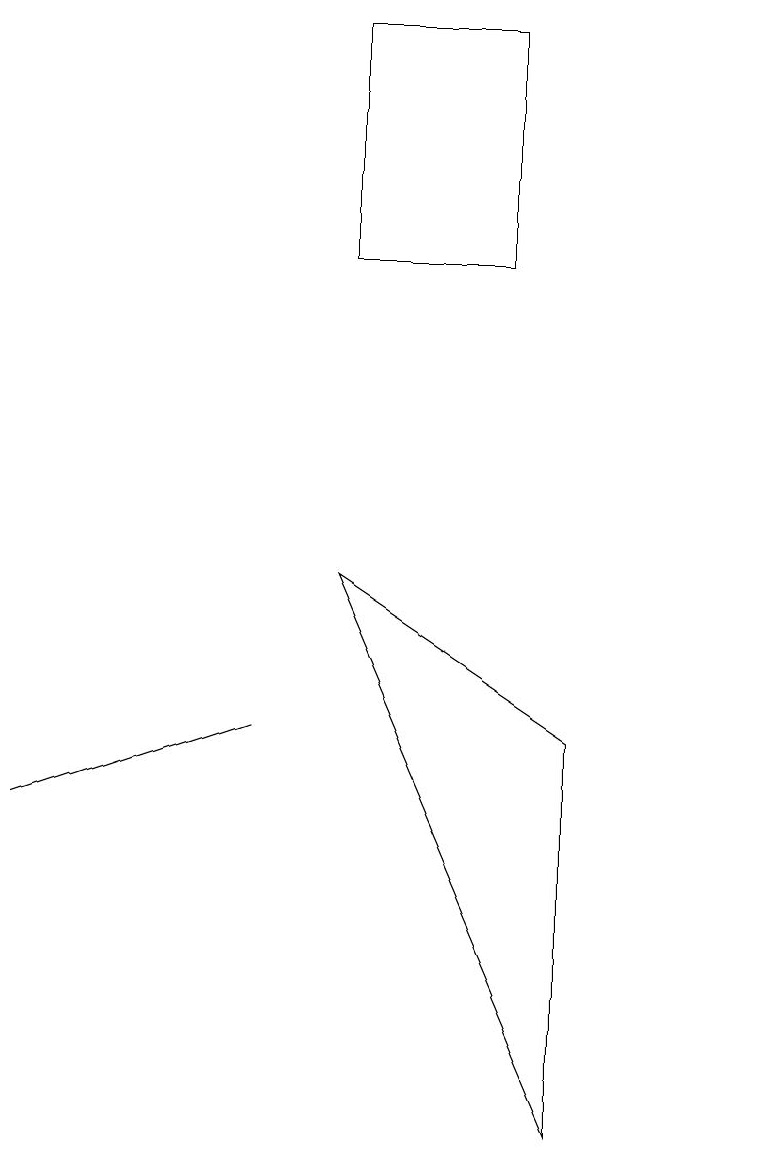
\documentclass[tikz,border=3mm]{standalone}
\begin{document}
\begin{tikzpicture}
\draw (5,16) rectangle (7,13);
\draw (1,6) -- (4,7) -- (1,6) -- cycle;
\draw (10,12) circle (0);
\draw (8,7) -- (8,2) -- (5,9) -- cycle;
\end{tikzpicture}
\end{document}